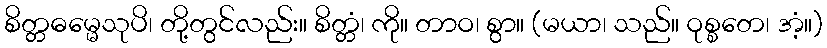
စိတ္တဓမ္မေသုပိ၊ တို့တွင်လည်း။ စိတ္တံ၊ ကို။ တာဝ၊ စွာ။ (မယာ၊ သည်။ ဝုစ္စတေ၊ အံ့။)